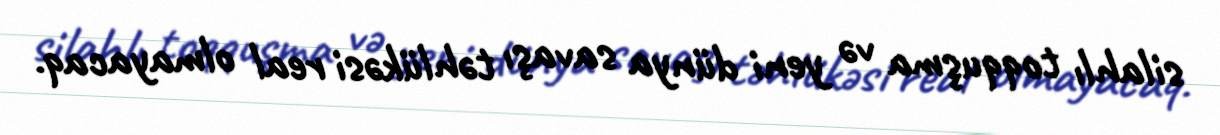
silahlı toqquşma və yeni dünya savaşı təhlükəsi real olmayacaq.